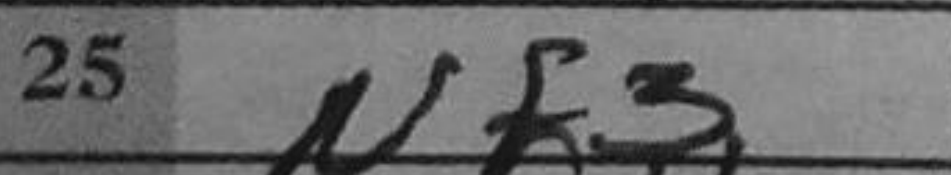
Transcription: Nf3